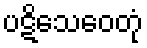
ပဋိသေဝေတုံ